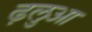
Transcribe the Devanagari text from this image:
ढ़लुआ